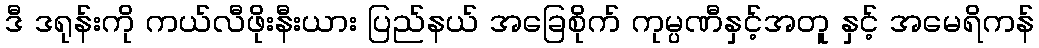
ဒီ ဒရုန်းကို ကယ်လီဖိုးနီးယား ပြည်နယ် အခြေစိုက် ကုမ္ပဏီနှင့်အတူ နှင့် အမေရိကန်